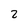
Character: 2